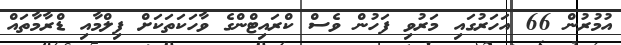
އުމުރުން 66 އަހަރުގައި މަރުވި ފަހުން ވެސް ކްރައިޓްންގެ ވާހަކަތަކަށް ފިލްމާއި ޑްރާމާތައް